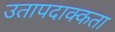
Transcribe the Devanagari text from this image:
उतापदाक्कता